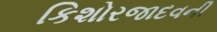
કિશોરજાદવની